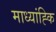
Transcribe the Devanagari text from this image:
माध्यांह्कि